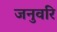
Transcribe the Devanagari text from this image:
जनुवरि